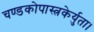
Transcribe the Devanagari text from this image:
चण्डकोपास्त्रकेर्युता।